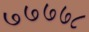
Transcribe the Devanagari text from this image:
७७७७८